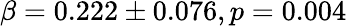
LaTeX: \beta=0.222\pm 0.076,p=0.004